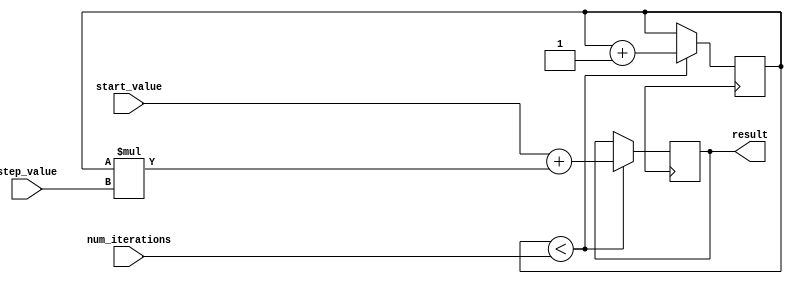
module IncrementalLoop (
    input wire [31:0] start_value,
    input wire [31:0] step_value,
    input wire [31:0] num_iterations,
    output reg [31:0] result
);

reg [31:0] count;

always @ (posedge clk) begin
    if (count < num_iterations) begin
        result <= start_value + (count * step_value);
        count <= count + 1;
    end
end

endmodule